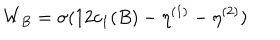
LaTeX: W _ { B } = \sigma ( 1 2 c _ { 1 } ( B ) - \eta ^ { ( 1 ) } - \eta ^ { ( 2 ) } )